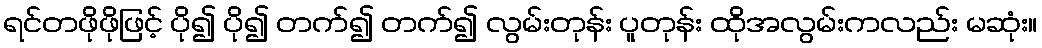
ရင်တဖိုဖိုဖြင့် ပို၍ ပို၍ တက်၍ တက်၍ လွမ်းတုန်း ပူတုန်း ထိုအလွမ်းကလည်း မဆုံး။